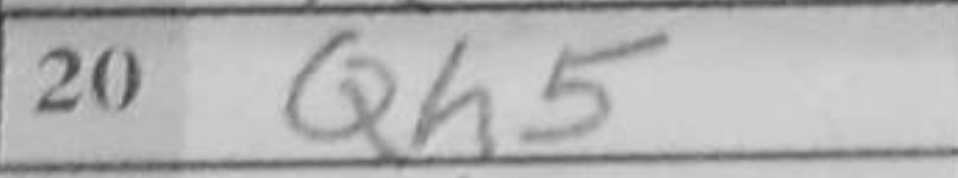
Transcription: Qh5